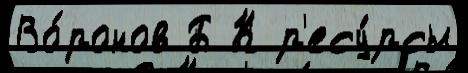
Во́ронов Б К р'есу́рсы